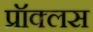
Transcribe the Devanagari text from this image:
प्रॉक्लस